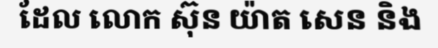
ដែល លោក ស៊ុន យ៉ាត សេន និង